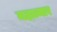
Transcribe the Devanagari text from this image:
महात्मार